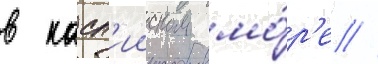
в касп'ииском мо́р'е //